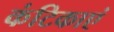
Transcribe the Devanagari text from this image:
कंटिकाएं